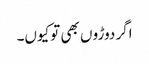
اگر دوڑو ں بھی توکیوں۔